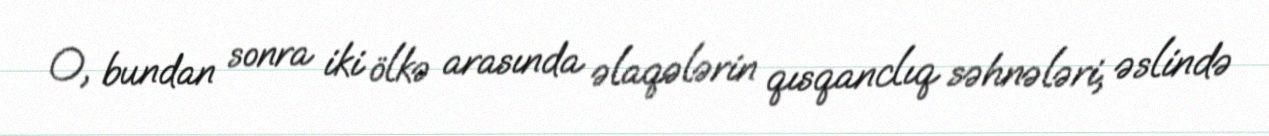
O, bundan sonra iki ölkə arasında əlaqələrin qısqanclıq səhnələri, əslində